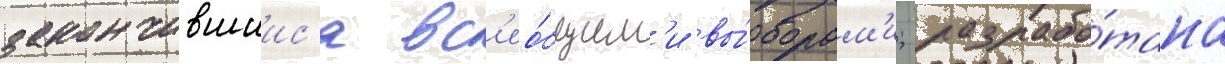
закончившиис'я вс'ео́бщим'и вы́борам'и; разрабо́тана